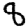
Digit: 8